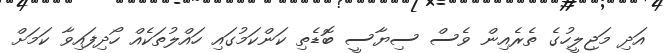
އަދި މަޖިލީހުގެ ތެރެއިން ވެސް ސިޔާސީ ބޮޑެތި ކަންކަމުގައި ހައްލުތަކެއް ހޯދިފައިވާ ކަމަށް